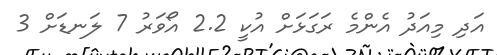
އަދި މިއަދު އެންމެ ރަގަޅަށް އުކީ 2.2 އޯވަރު 7 ލަނޑަށް 3